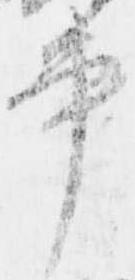
書